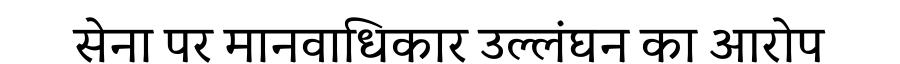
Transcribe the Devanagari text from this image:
सेना पर मानवाधिकार उल्लंघन का आरोप